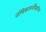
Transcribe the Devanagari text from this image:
तंत्रिकामनोवैज्ञानिक